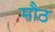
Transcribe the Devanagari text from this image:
मौठ